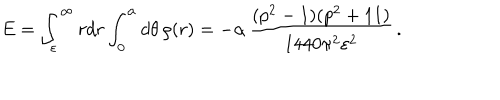
E = \int _ { \varepsilon } ^ { \infty } r d r \int _ { 0 } ^ { \alpha } d \theta \, \rho ( r ) = - \alpha \, \frac { ( p ^ { 2 } - 1 ) ( p ^ { 2 } + 1 1 ) } { 1 4 4 0 \pi ^ { 2 } \varepsilon ^ { 2 } } \, .